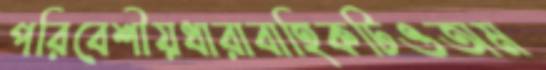
পরিবেশীয়ধারাবাহিকটিওঅম